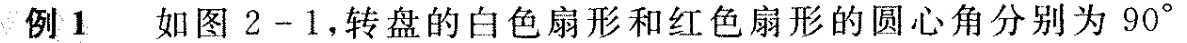
例1如图2-1，转盘的白色扇形和红色扇形的圆心角分别为90°